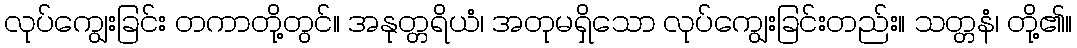
လုပ်ကျွေးခြင်း တကာတို့တွင်။ အနုတ္တရိယံ၊ အတုမရှိသော လုပ်ကျွေးခြင်းတည်း။ သတ္တနံ၊ တို့၏။